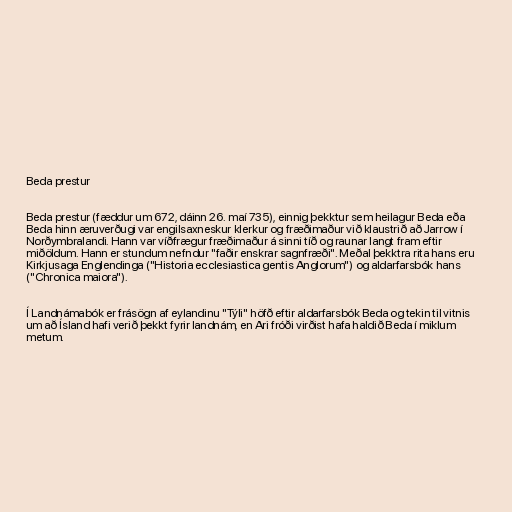
Beda prestur

Beda prestur (fæddur um 672, dáinn 26. maí 735), einnig þekktur sem heilagur Beda eða
Beda hinn æruverðugi var engilsaxneskur klerkur og fræðimaður við klaustrið að Jarrow í
Norðymbralandi. Hann var víðfrægur fræðimaður á sinni tíð og raunar langt fram eftir
miðöldum. Hann er stundum nefndur "faðir enskrar sagnfræði". Meðal þekktra rita hans eru
Kirkjusaga Englendinga ("Historia ecclesiastica gentis Anglorum") og aldarfarsbók hans
("Chronica maiora").

Í Landnámabók er frásögn af eylandinu "Týli" höfð eftir aldarfarsbók Beda og tekin til vitnis
um að Ísland hafi verið þekkt fyrir landnám, en Ari fróði virðist hafa haldið Beda í miklum
metum.